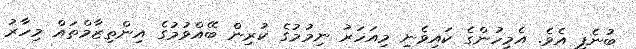
ބުނެފި އެވެ. އެމީހުންގެ ކައިވެނި މިއަހަރު ނިމުމުގެ ކުރިން ބޭއްވުމުގެ އިންތިޒާމްތައް މިހާރު